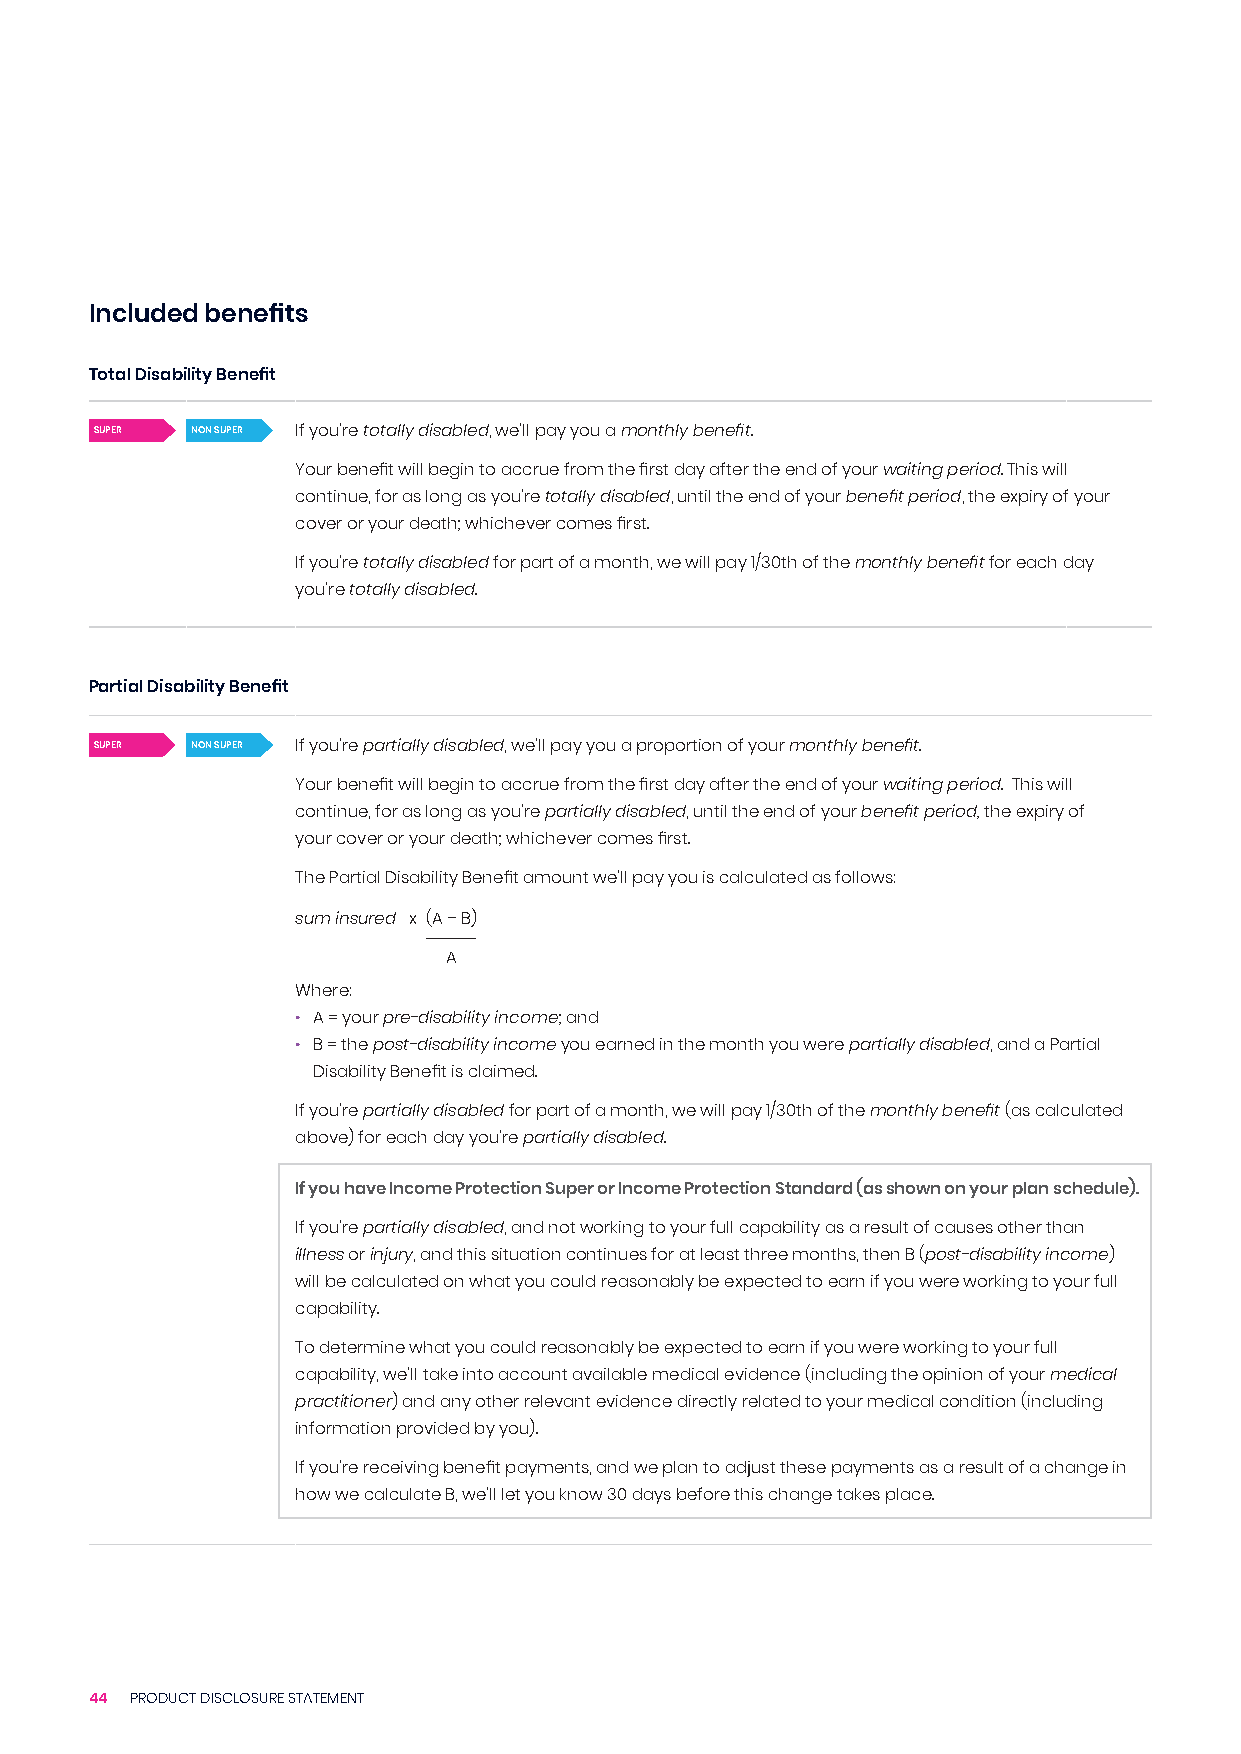
Included benefits
 Total Disability Benefit
 SUPER  NON SUPER If you’re totally disabled, we’ll pay you a monthly benefit.
 Your benefit will begin to accrue from the first day after the end of your waiting period. This will
 continue, for as long as you’re totally disabled, until the end of your benefit period, the expiry of your
 cover or your death; whichever comes first.
 If you’re totally disabled for part of a month, we will pay 1/30th of the monthly benefit for each day
 you’re totally disabled.
 Partial Disability Benefit
 SUPER  NON SUPER If you’re partially disabled, we’ll pay you a proportion of your monthly benefit.
 Your benefit will begin to accrue from the first day after the end of your waiting period. This will
 continue, for as long as you’re partially disabled, until the end of your benefit period, the expiry of
 your cover or your death; whichever comes first.
 The Partial Disability Benefit amount we’ll pay you is calculated as follows:
 sum insured x (A – B)
 A
 Where:
 • A = your pre-disability income; and
 • B = the post-disability income you earned in the month you were partially disabled, and a Partial
 Disability Benefit is claimed.
 If you’re partially disabled for part of a month, we will pay 1/30th of the monthly benefit (as calculated
 above) for each day you’re partially disabled.
 If you have Income Protection Super or Income Protection Standard (as shown on your plan schedule).
 If you’re partially disabled, and not working to your full capability as a result of causes other than
 illness or injury, and this situation continues for at least three months, then B (post-disability income)
 will be calculated on what you could reasonably be expected to earn if you were working to your full
 capability.
 To determine what you could reasonably be expected to earn if you were working to your full
 capability, we’ll take into account available medical evidence (including the opinion of your medical
 practitioner) and any other relevant evidence directly related to your medical condition (including
 information provided by you).
 If you’re receiving benefit payments, and we plan to adjust these payments as a result of a change in
 how we calculate B, we’ll let you know 30 days before this change takes place.
 44 PRODUCT DISCLOSURE STATEMENT